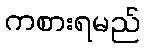
ကစားရမည်